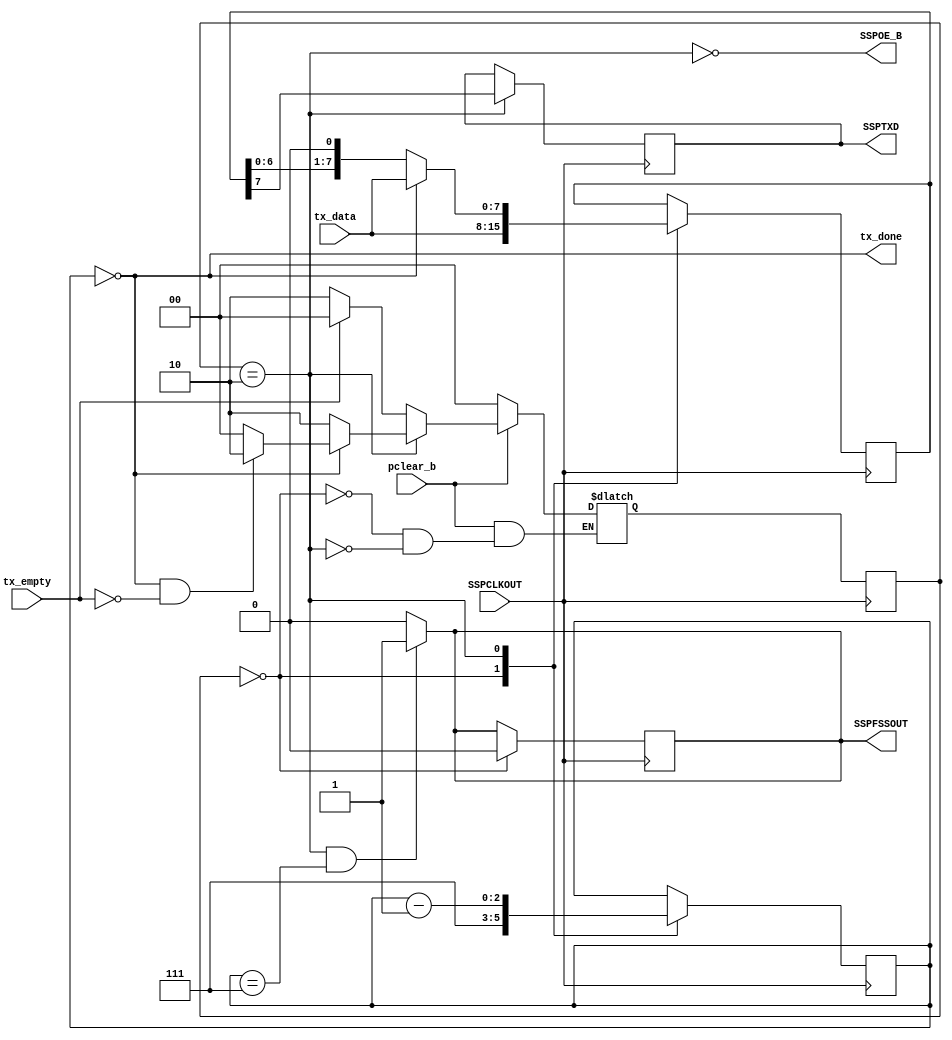

module TX(
  input pclear_b, SSPCLKOUT,
  input tx_empty,
  input [7:0] tx_data,
  output tx_done, SSPOE_B,
  output reg SSPFSSOUT, SSPTXD
);

  localparam STATE_IDLE = 2'd0;
  localparam STATE_FRAME = 2'd1;
  localparam STATE_TX = 2'd2;
  
  // module state
  reg [1:0] state, next_state;
  reg [2:0] cycle_counter;
  reg [7:0] send_data;
  
  // nets
  wire tx_has_data;

  // assignments
  assign tx_done = cycle_counter == 4'b0;
  assign tx_has_data = !tx_empty;

  assign SSPOE_B = !(state == STATE_TX);

  always @ (posedge SSPCLKOUT) begin 
    state <= next_state;
  end

  always @ (state, cycle_counter) begin 
    if(state == STATE_TX && cycle_counter == 3'b111) begin 
      SSPFSSOUT <= 1'b1; 
    end else begin 
      SSPFSSOUT <= 1'b0;
    end
  end

  always @ (posedge SSPCLKOUT) begin 
    casez(state) 
      STATE_IDLE: begin 
        send_data <= tx_data;
        cycle_counter <= 3'b111;
        SSPFSSOUT <= 1'b0;
      end 
      STATE_TX : begin 
        SSPTXD <= send_data[7];
        cycle_counter <= cycle_counter - 1;
        if(!tx_done) begin 
          send_data <= send_data << 1;
        end else begin 
          send_data <= tx_data; 
        end
      end
    endcase
  end

  always @ (state, tx_done, tx_has_data, pclear_b) begin 
    if(!pclear_b) begin 
      next_state <= STATE_IDLE; 
    end else begin
      casez(state)
        STATE_IDLE: begin 
          if(tx_has_data) next_state <= STATE_TX;
          else next_state <= STATE_IDLE;
        end
        STATE_TX : begin 
          if(!tx_done) begin 
            next_state <= STATE_TX;
          end else if(tx_done & tx_has_data) begin // !tx_has_one
            next_state <= STATE_TX;
          end else begin // tx_done & (!tx_has_data | tx_has_one)
            next_state <= STATE_IDLE;
          end
        end
      endcase
    end
  end

endmodule